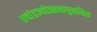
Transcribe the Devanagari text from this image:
॥चांद्रज्योत्सनापुलकित